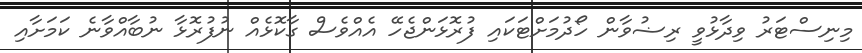
މިނިސްޓަރު ވިދާޅުވީ ރިޟުވާން ހޯދުމަށްޓަކައި ފުރޮޅަންޖެހޭ އެއްވެސް ގާކޮޅެއް ނުފުރޮޅާ ނުބާއްވާނެ ކަމަށާއި